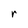
Character: r